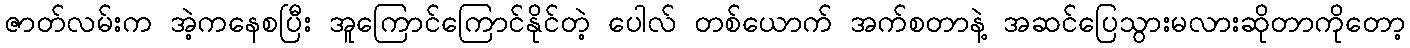
ဇာတ်လမ်းက အဲ့ကနေစပြီး အူကြောင်ကြောင်နိုင်တဲ့ ပေါလ် တစ်ယောက် အက်စတာနဲ့ အဆင်ပြေသွားမလားဆိုတာကိုတော့